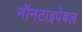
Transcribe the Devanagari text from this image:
नॉनटाइपेबल